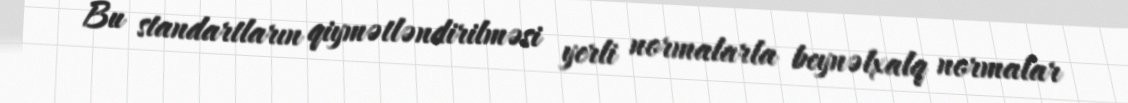
Bu standartların qiymətləndirilməsi yerli normalarla beynəlxalq normalar